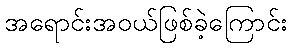
အရောင်းအဝယ်ဖြစ်ခဲ့ကြောင်း